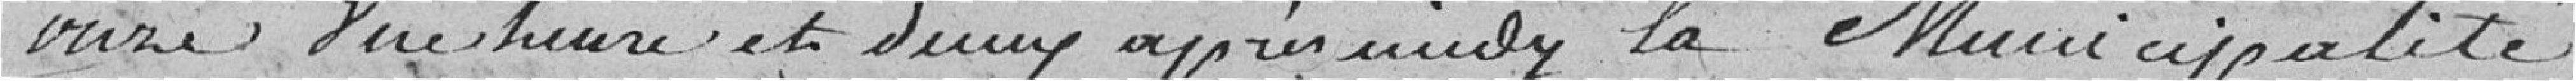
onze d'une heure et demi après midi, la Municipalité